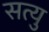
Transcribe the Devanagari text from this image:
सत्यु